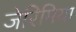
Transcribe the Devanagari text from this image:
जेरिमिया